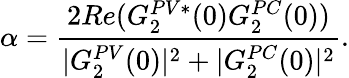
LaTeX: \alpha=\frac{2Re(G_{2}^{PV*}(0)G_{2}^{PC}(0))}{|G_{2}^{PV}(0)|^{2}+|G_{2}^{PC}(0)|^{2}}.